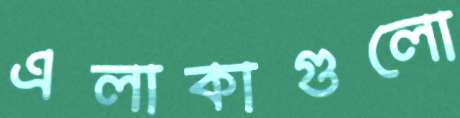
এলাকাগুলো